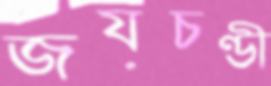
জয়চণ্ডী